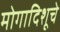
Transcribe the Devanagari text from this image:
मोगादिशूचे